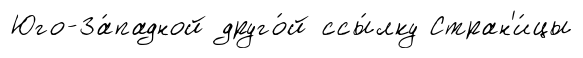
Юго-За́падной друго́й ссы́лку Стран'и́цы